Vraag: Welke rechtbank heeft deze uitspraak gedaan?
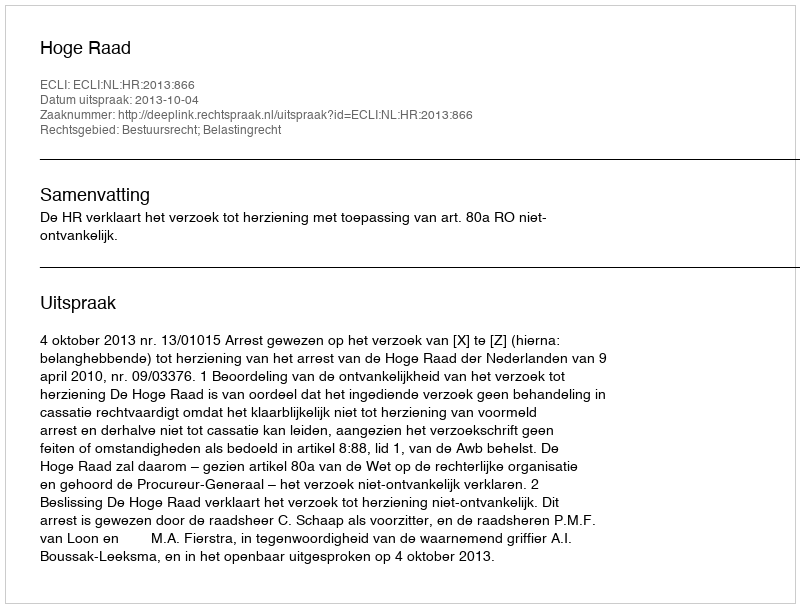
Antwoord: Hoge Raad